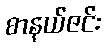
စာနယ်ဇင်း